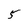
Character: 5